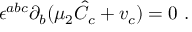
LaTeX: \epsilon ^ { a b c } \partial _ { b } ( \mu _ { 2 } { \hat { C } } _ { c } + v _ { c } ) = 0 \ .